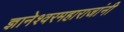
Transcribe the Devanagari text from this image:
ज्ञानेश्वरमहाराजांनी